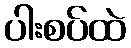
ပါးစပ်ထဲ